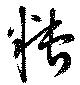
糟